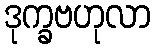
ဒုက္ခဗဟုလာ